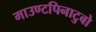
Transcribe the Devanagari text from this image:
माउण्टपिनाटुबो